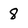
Character: 8